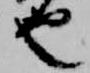
也